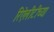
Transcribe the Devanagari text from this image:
रिऐलीटीच्या